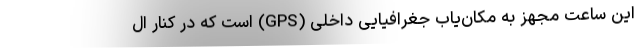
این ساعت مجهز به مکان‌یاب جغرافیایی داخلی (GPS) است که در کنار ال